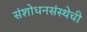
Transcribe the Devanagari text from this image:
संशोधनसंस्थेची